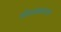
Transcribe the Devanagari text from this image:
ओळखताना